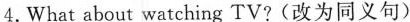
4.What about watching TV?(改为同义句)